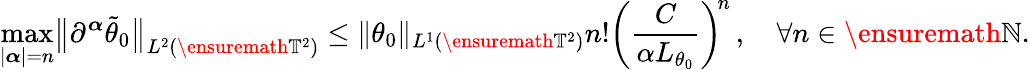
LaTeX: \operatorname*{max}_{|{\boldsymbol{\alpha}}|=n}\bigl\| \partial^{\boldsymbol{\alpha}}\tilde{\theta}_{0}\bigr\| _{L^{2}(\ensuremath{\mathbb{T}}^{2})}\leq\| \theta_{0}\| _{L^{1}(\ensuremath{\mathbb{T}}^{2})}n!\biggl(\frac{C}{\alpha L_{\theta_{0}}}\biggr)^{\! n}\, ,\quad\forall n\in\ensuremath{\mathbb{N}}.